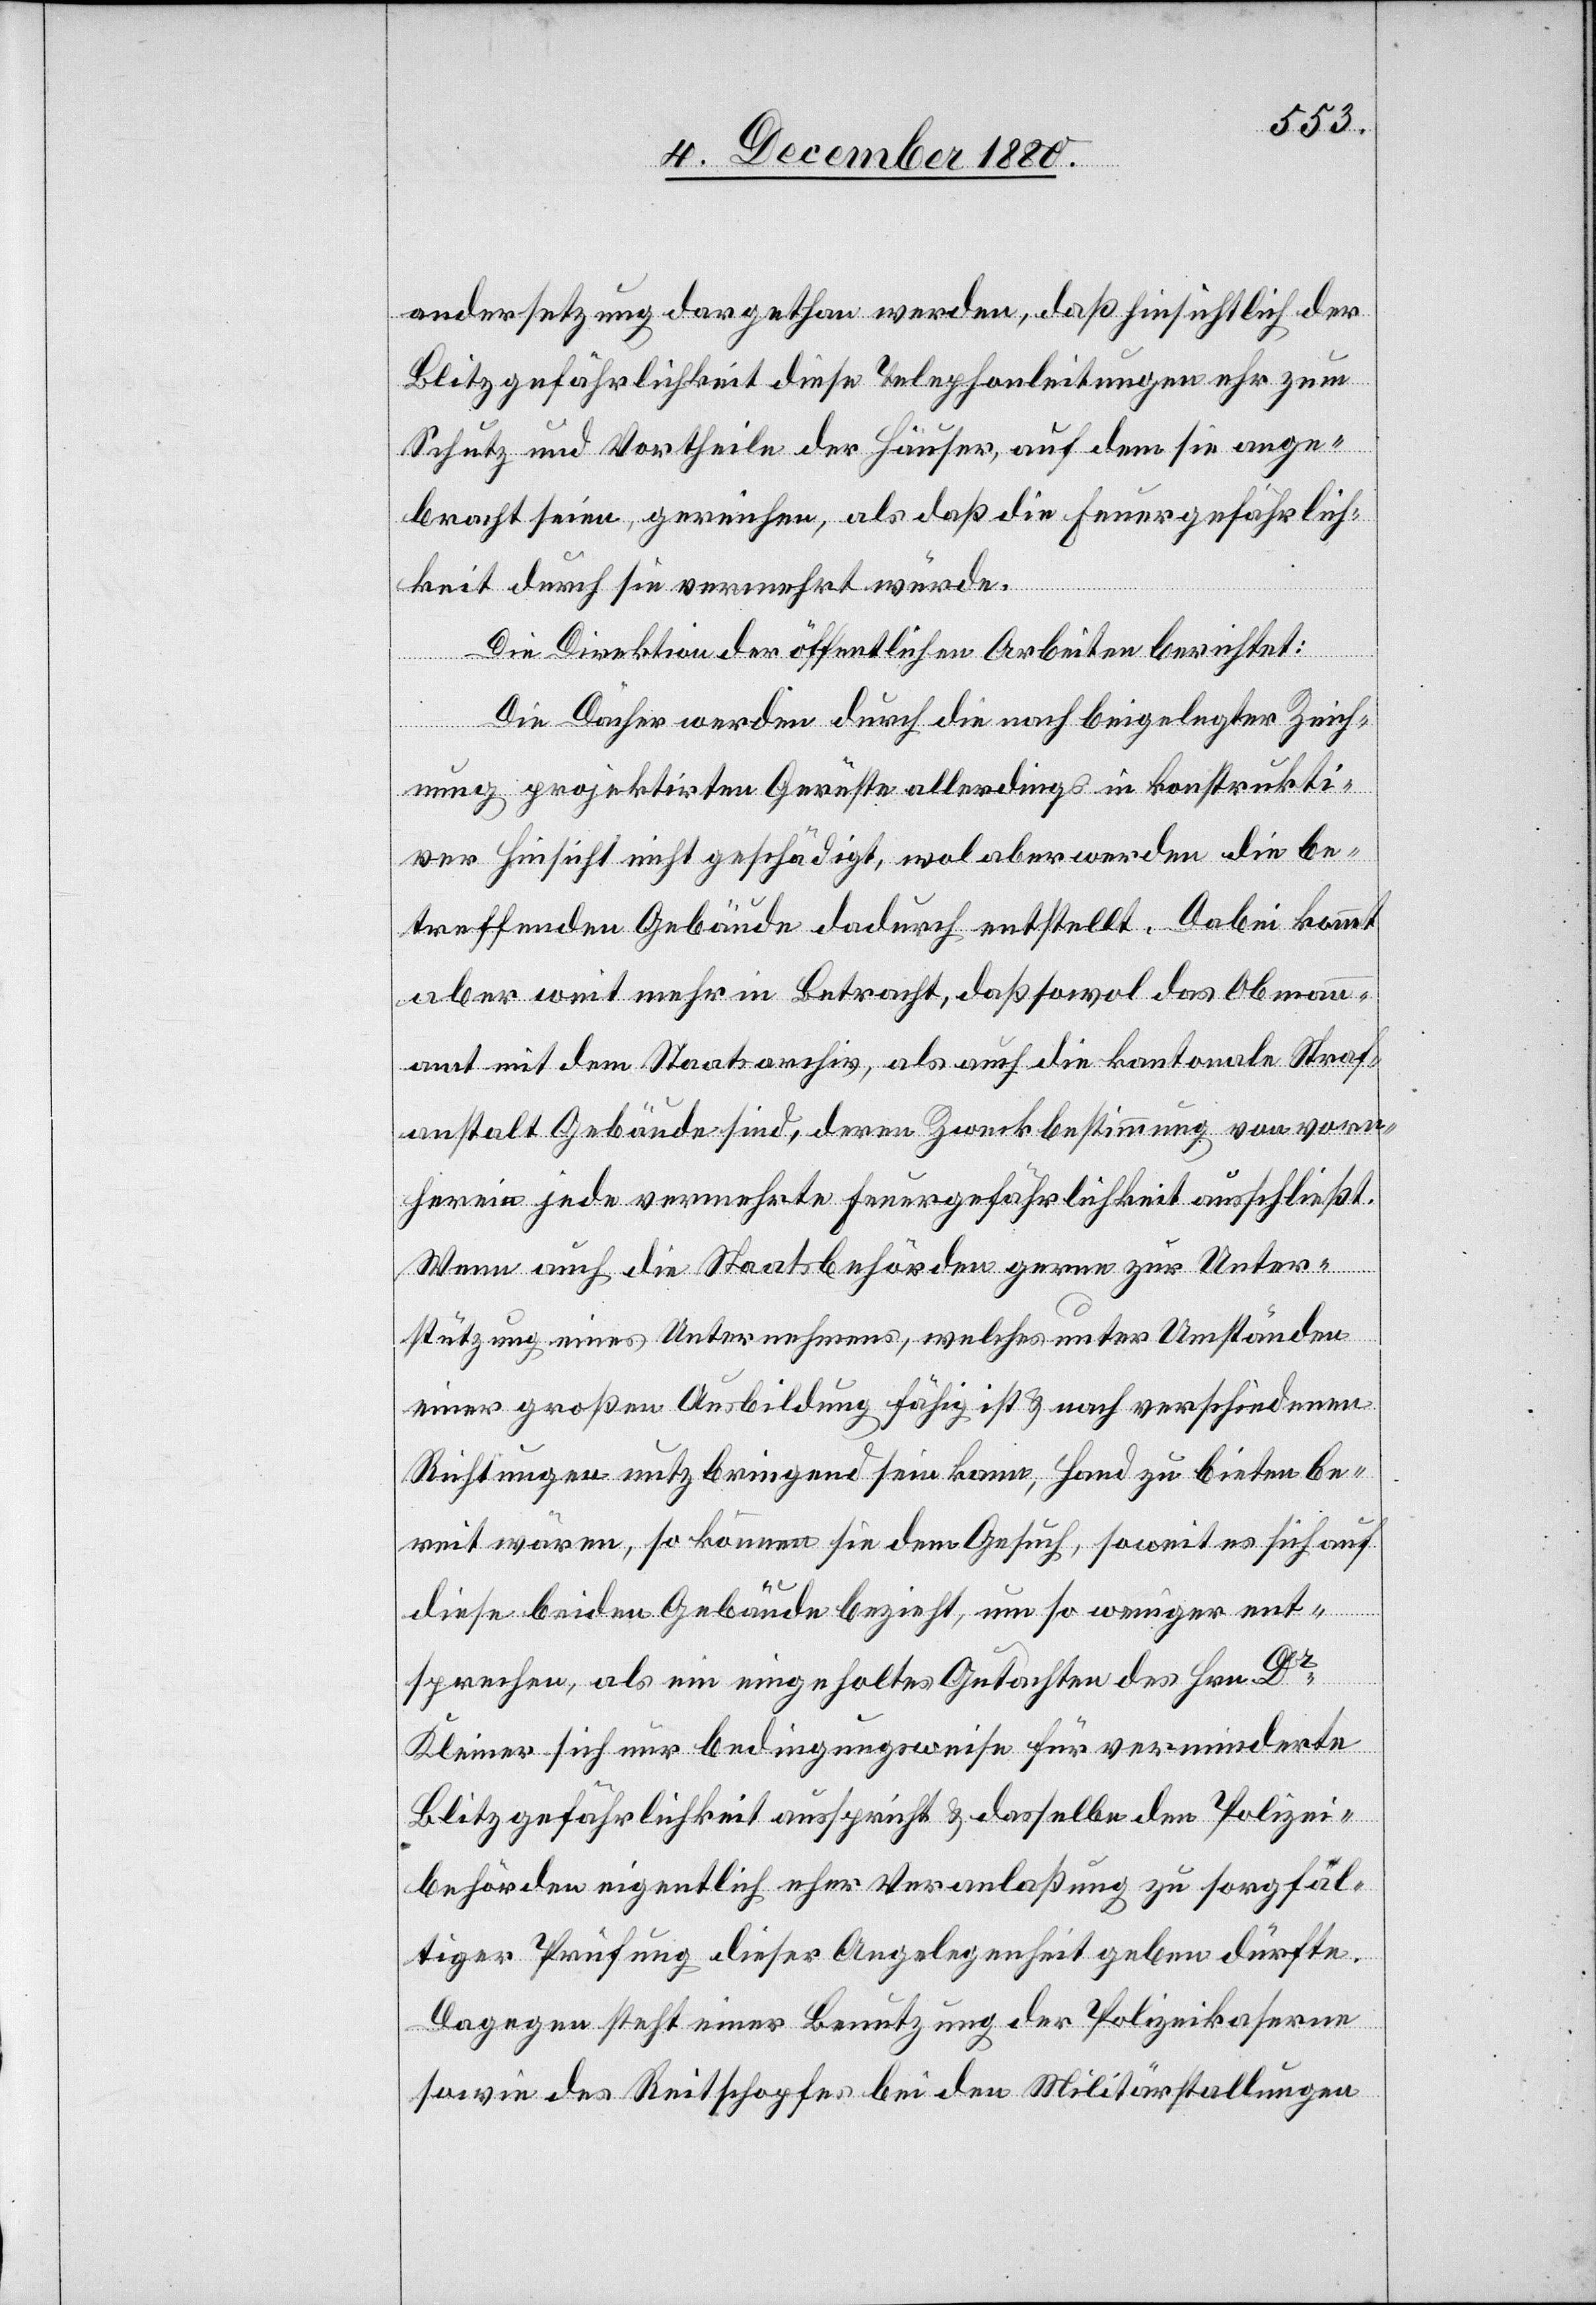
andersetzung dargethan werden, daß hinsichtlich der
Blitzgefährlichkeit diese Telephonleitungen eh[e]r zum
Schutz und Vortheile der Häuser, auf dem sie ange¬
bracht seien, gereichen, als daß die Feuergefährlich¬
keit durch sie vermehrt würde.
Die Direktion der öffentlichen Arbeiten berichtet:
Die Dächer werden durch die nach beigelegter Zeich¬
nung projektirten Gerüste allerdings in konstrukti¬
ver Hinsicht nicht geschädigt, wol aber werden die be¬
treffenden Gebäude dadurch entstellt. Dabei kommt
aber weit mehr in Betracht, daß sowol das Obmann¬
amt mit dem Staatsarchiv, als auch die kantonale Straf¬
anstalt Gebäude sind, deren Zweckbestimmung von vorne¬
herein jede vermehrte Feuergefährlichkeit ausschließt.
Wenn auch die Staatsbehörden gerne zur Unter¬
stützung eines Unternehmens, welches unter Umständen
einer großen Ausbildung fähig ist & nach verschiedenen
Richtungen nutzbringend sein kann, Hand zu bieten be¬
reit wären, so können sie dem Gesuch, soweit es sich auf
diese beiden Gebäude bezieht, um so weniger ent¬
sprechen, als ein eingeholtes Gutachten des Hrn. Dr
Kleiner sich nur bedingungsweise für verminderte
Blitzgefährlichkeit ausspricht & dasselbe den Polizei¬
behörden eigentlich eher Veranlaßung zu sorgfäl¬
tiger Prüfung dieser Angelegenheit geben dürfte.
Dagegen steht einer Benutzung der Polizeikaserne
sowie des Reisschopfes bei den Militärstallungen